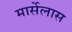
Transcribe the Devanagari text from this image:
मार्सेलास